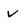
Character: v